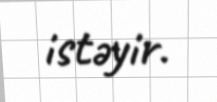
istəyir.